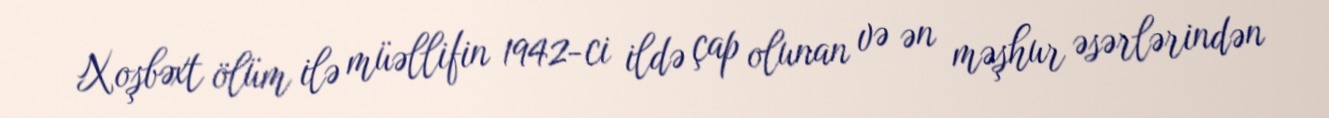
Xoşbəxt ölüm ilə müəllifin 1942-ci ildə çap olunan və ən məşhur əsərlərindən